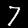
Label: 7